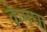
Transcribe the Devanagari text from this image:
केमघा